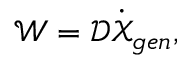
\boldsymbol { \mathcal { W } } = \boldsymbol { \mathcal { D } } \dot { \boldsymbol { \mathcal { X } } } _ { g e n } ,